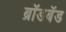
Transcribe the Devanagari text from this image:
ब्राॅडबॅड